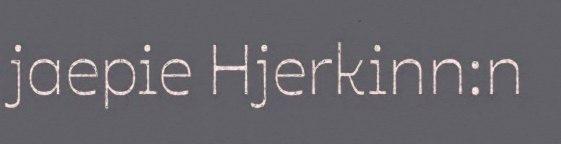
jaepie Hjerkinn:n